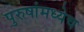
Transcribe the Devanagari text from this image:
पुरुषांमध्येच